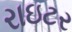
રાઇટર